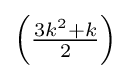
\left({\tfrac {3k^{2}+k}{2}}\right)